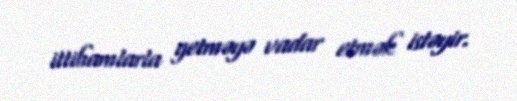
ittihamlarla getməyə vadar etmək istəyir.